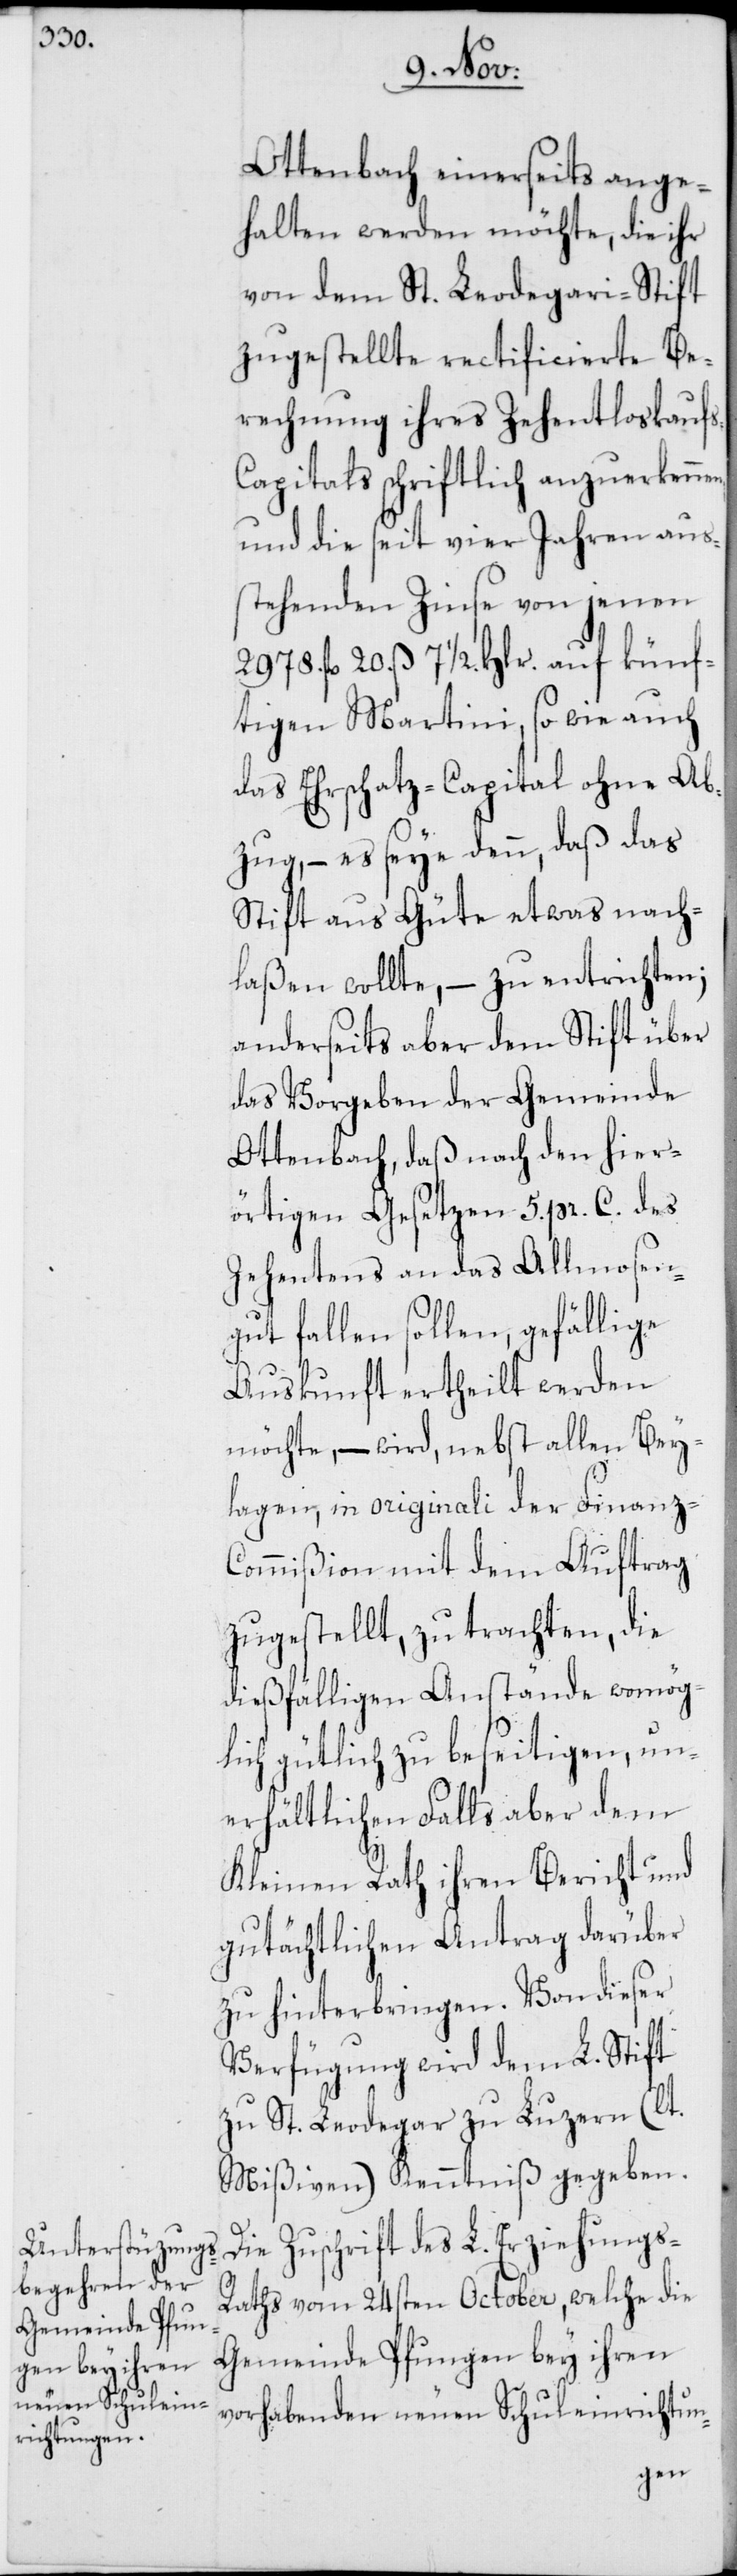
Ottenbach einerseits ange¬
halten werden möchte, die ihr
von dem St. Leodegari-Stift
zugestellte rectificierte Be¬
rechnung ihres Zehentloskauf¬
s-Capitals schriftlich anzuerkenn¬
und die seit vier Jahren aus¬
stehenden Zinse von jenen
2978. fl. 20. ß 7 1/2. Hlr. auf künf¬
tigen Martini, sowie auch
das Ehrschatz-Capital ohne Ab¬
zug, – es seye denn, daß das
Stift aus Güte etwas nach¬
laßen wollte, – zu entrichten;
anderseits aber dem Stift über
das Vorgeben der Gemeinde
Ottenbach, daß nach den hier¬
örtigen Gesetzen 5. pr. C. des
Zehentens an das Allmosen¬
gut fallen sollen, gefällige
Auskunft ertheilt werden
möchte, – wird, nebst allen Bey¬
lagen, in originali der Finanz-C¬
ommißion mit dem Auftrag
zugestellt, zu trachten, die
dießfälligen Anstände womög¬
lich gütlich zu beseitigen, un¬
erhältlichen Falls aber dem
Kleinen Rath ihren Bericht und
gutächtlichen Antrag darüber
zu hinterbringen. Von dieser
Verfügung wird dem L. Stift
zu St. Leodegar zu Luzern (lt.
Mißiven) Kenntniß gegeben.
Die Zuschrift des L. Erziehungs-R¬
aths vom 24sten October, welche die
Gemeinde Pfungen bey ihren
vorhabenden neuen Schuleinrichtun-
en,